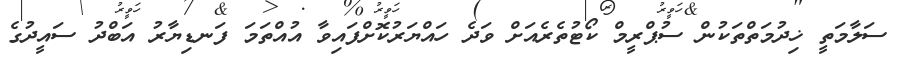
ސަލާމަތީ ޚިދުމަތްތަކުން ސުޕްރީމް ކޯޓުތެރެއަށް ވަދެ ހައްޔަރުކޮށްފައިވާ އުއްތަމަ ފަނޑިޔާރު އަބްދު ސައީދުގެ